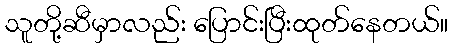
သူတို့ဆီမှာလည်း ပြောင်းပြီးထုတ်နေတယ်။